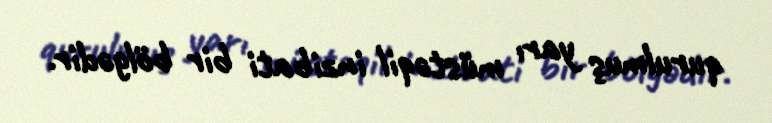
qurulmuş yarı müstəqil inzibati bir bölgədir.